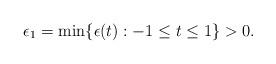
LaTeX: \begin{align*}\epsilon_1 = \min\{\epsilon(t): -1 \le t\le 1\} >0.\end{align*}